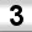
Digit: 3